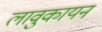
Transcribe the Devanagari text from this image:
लावुकायन